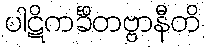
ပါဋိကင်္ခိတဗ္ဗာနီတိ